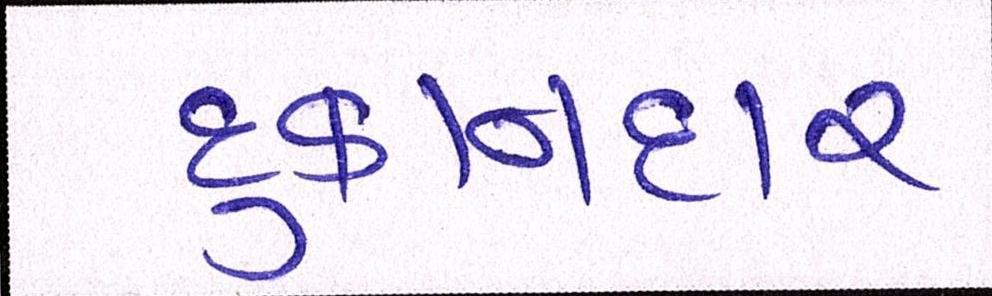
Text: દુકાનદાર